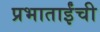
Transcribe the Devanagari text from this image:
प्रभाताईंची